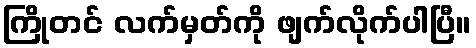
ကြိုတင် လက်မှတ်ကို ဖျက်လိုက်ပါပြီ။